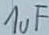
Text: 1uF